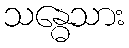
သန္ဓေသား